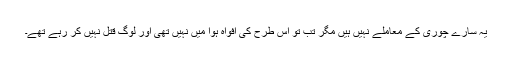
یہ سارے چوری کے معاملے نہیں ہیں مگر تب تو اس طرح کی افواہ ہوا میں نہیں تھی اور لوگ قتل نہیں کر رہے تھے۔